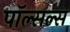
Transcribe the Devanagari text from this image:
पॉल्सल्स